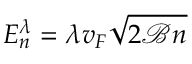
E _ { n } ^ { \lambda } = \lambda v _ { F } \sqrt { 2 \mathcal { B } n }